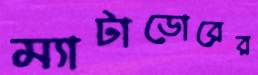
ম্যাটাডোরের